Civil Veterinary Dept. North-West Frontier Province 1901-22 - 1901-1922
Year: 1901
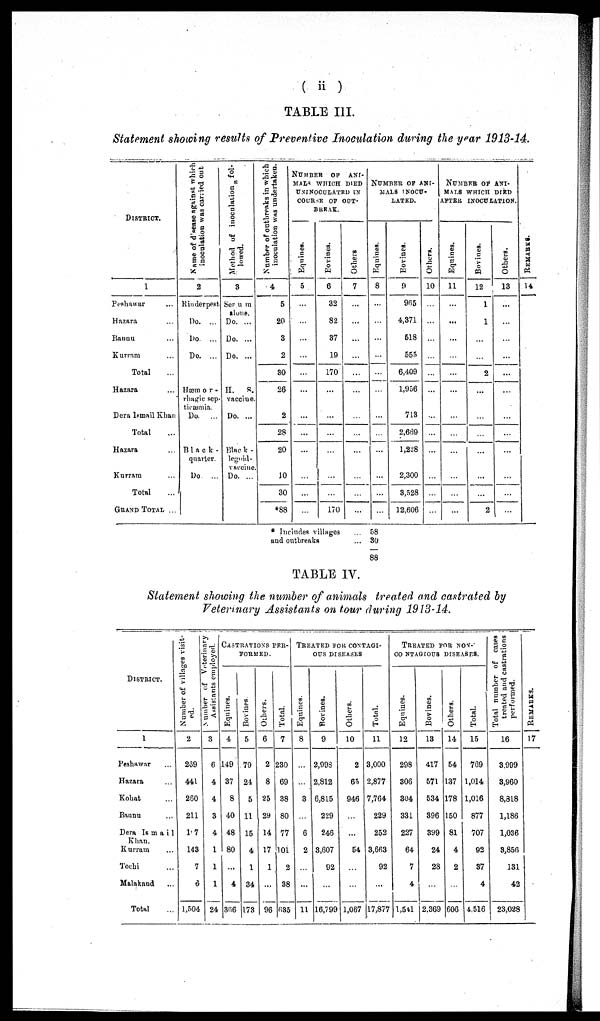
( ii )
TABLE III.
Statement showing results of Preventive Inoculation during the year 1913-14.
DISTRICT.
1
Peshawar ...
Hazara ...
Bannu ...
Kurram ...
Total
Hazara ...
Dera Ismail Khan
Total ...
Hazara ...
Kurram ...
Total ...
GRAND TOTAL ...
Name
of disease against which
inoculation was carried out
2
Rinderpest
Do.
...
Do. ...
Do.
...
Hæmor-
rhagic sep-
ticæmia. Do.
...
Black-
quarter.
Do. ...
Method of inoculation fol-
lowed.
3
Serum
alone.
Do. ...
Do. ...
Do. ...
H.
S.
vaccine.
Do. ...
Black -
legoid-
vaccine.
Do. ...
Number of outbreaks in which
inoculation was undertaken.
4
5
20
3
2
30
26
2
28
20
10
30
*88
NUMBER
OF
ANI-
MALS WHICH DIED
UNINOCULATED IN
COURSE OF OUT-
BREAK.
Equines.
5
...
...
...
...
...
...
...
...
...
...
Bovines.
6
32
82
37
19
170
...
...
...
...
...
...
170
Others
7
...
...
...
...
...
...
...
...
...
...
...
...
NUMBER OF ANI-
MALS INOCU-
LATED.
Equines.
8
...
...
...
...
...
...
...
...
...
...
...
...
Bovines.
9
965
4,371
518
555
6,409
1,956
713
2,669
1,228
2,300
3,528
12,606
Others.
10
...
...
...
...
...
...
...
...
...
...
...
NUMBER OF ANI-
MALS WHICH DIED
AFTER INOCULATION.
Equines.
11
...
...
...
...
...
...
...
...
...
...
...
Bovines.
12
1
1
...
2
...
...
...
...
...
...
2
Others.
13
...
...
...
...
...
...
...
...
...
...
...
REMARKS.
14
* Includes villages ...
and outbreaks ...
58
30
88
TABLE IV.
Statement showing the number of animals treated and castrated by
Veterinary Assistants on tour during 1913-14.
DISTRICT.
1
Peshawar ...
Hazara ...
Kohat ...
Bannu ...
Dera Ismai1
Khan.
Kurram ...
Tochi ...
Malakand ...
Total ...
Number of villages visit-
ed.
2
269
441
260
211
17
143
7
6
1,504
Number
of Veterinary
Assistants employed.
3
6
4
4
3
4
1
1
1
24
CASTRATIONS
PER-
FORMED.
Equines.
4
149
37
8
40
48
80
...
4
366
Bovines.
5
79
24
5
11
15
4
1
34
173
Others.
6
2
8
25
29
14
17
1
...
96
Total.
7
230
69
38
80
77
101
2
38
635
TREATED
FOR
CONTAGI-
--- DISEASES
Equines.
8
...
...
3
...
6
2
...
...
11
Bovines.
9
2,998
2,812
6,815
229
246
3,607
92
...
16,799
Others.
10
2
65
946
...
...
54
...
...
1,067
Total.
11
3,000
2,877
7,764
229
252
3,663
92
...
17,877
TREATED
FOR
NON-
CONTAGIOUS
DISEASES.
Equines.
12
298
306
304
331
227
64
7
4
1,541
Bovines.
13
417
571
534
396
399
24
28
...
2,369
Others.
14
54
137
178
150
81
4
2
...
606
Total.
15
769
1,014
1,016
877
707
92
37
4
4,516
Total number of cases
treated and castrations
performed.
16
3,999
3,960
8,818
1,186
1,036
3,856
131
42
23,028
REMARKS.
17